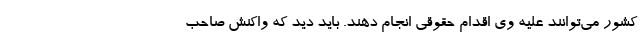
کشور می‌توانند علیه وی اقدام حقوقی انجام دهند. باید دید که واکنش صاحب